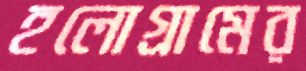
হলোগ্রামের